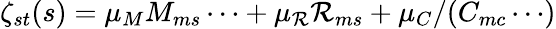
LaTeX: \zeta_{st}(s)=\mu_{M}M_{ms}\cdots+\mu_{\mathcal{R}}\mathcal{R}_{ms}+\mu_{C}/(C_{mc}\cdots)